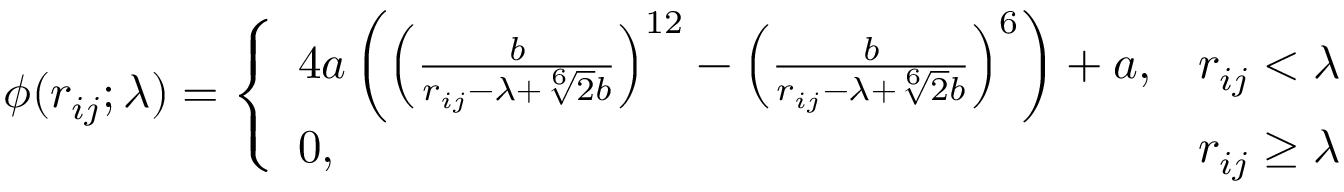
\begin{array} { r } { \phi ( r _ { i j } ; \lambda ) = \left\{ \begin{array} { l l } { 4 a \left( \left( \frac { b } { r _ { i j } - \lambda + \sqrt [ 6 ] { 2 } b } \right) ^ { 1 2 } - \left( \frac { b } { r _ { i j } - \lambda + \sqrt [ 6 ] { 2 } b } \right) ^ { 6 } \right) + a , } & { r _ { i j } < \lambda } \\ { 0 , } & { r _ { i j } \ge \lambda } \end{array} \right. } \end{array}